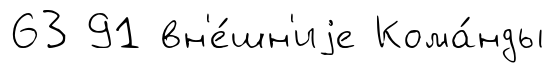
63 91 вн'е́шн'иjе Кома́нды